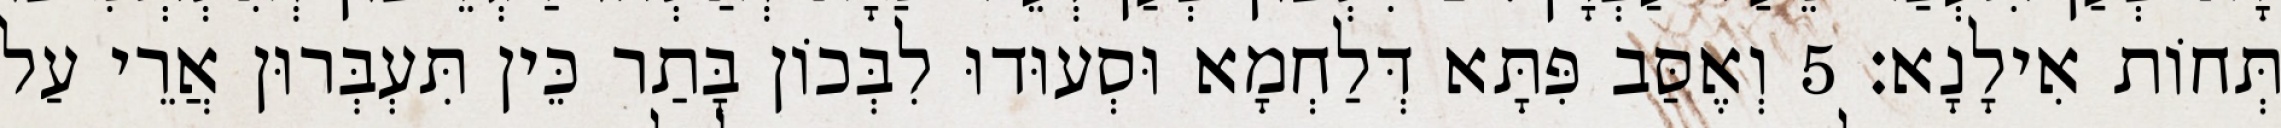
תְּחוֹת אִילָנָא׃ 5 וְאֶסַּב פִּתָּא דְּלַחְמָא וּסְעוּדוּ לִבְּכוֹן בָּתַר כֵּין תִּעְבְּרוּן אֲרֵי עַל